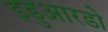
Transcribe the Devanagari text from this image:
इडुआरडो